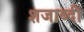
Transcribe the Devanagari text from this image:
शजाब्दी